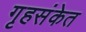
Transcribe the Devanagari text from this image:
गृहसंकेत